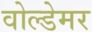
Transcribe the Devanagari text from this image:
वोल्डेमर